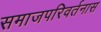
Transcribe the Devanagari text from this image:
समाजपरिवर्तनास